Senior Leaving Certificate Examination (including Day School Certificate (Higher) General paper), 1948
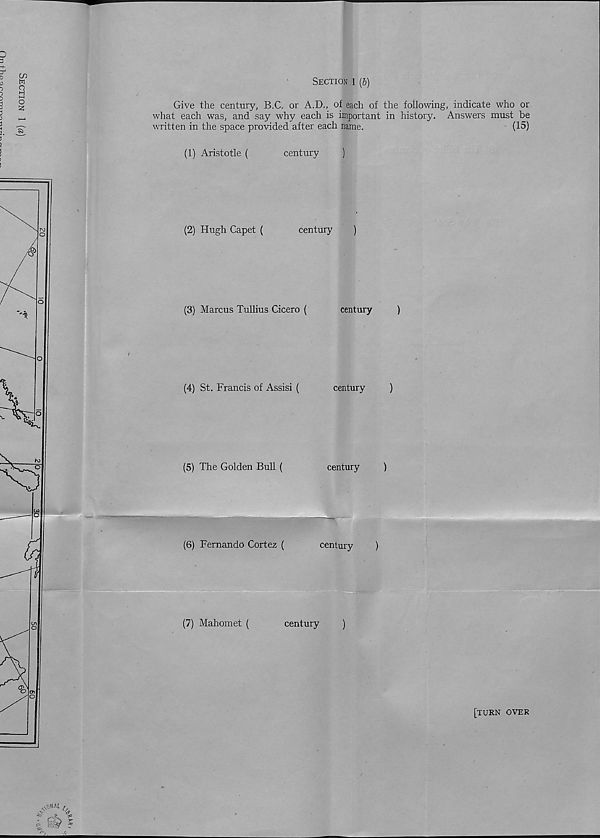
Section 1 (6)
Give the century, B.C. or A.D., of each of the following, indicate who or
what each was, and say why each is important in history. Answers must be
written in the space provided after each name.
(15)
(1) Aristotle (
century
)
(2) Hugh Capet (
century
)
(3) Marcus Tullius Cicero (
century
)
(4) St. Francis of Assisi (
century
)
(5) The Golden Bull (
century
)
(6) Fernando Cortez (
century
)
(7) Mahomet (
century
)
[turn over